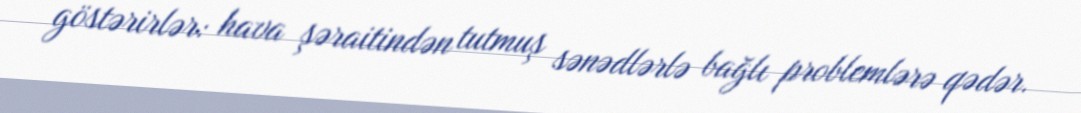
göstərirlər: hava şəraitindən tutmuş sənədlərlə bağlı problemlərə qədər.